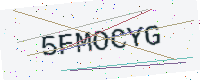
Text: 5FMOCYG